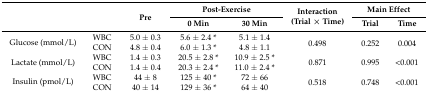
| <ROWSPAN=2>  | <ROWSPAN=2>  | <ROWSPAN=2> Pre | <COLSPAN=2> Post-Exercise | <ROWSPAN=2> Interaction (Trial × Time) | <COLSPAN=2> Main Effect |
 | 0 Min | 30 Min | Trial | Time |
 | --- | --- | --- | --- | --- | --- | --- | --- |
 | <ROWSPAN=2> Glucose (mmol/L) | WBC | 5.0 ± 0.3 | 5.6 ± 2.4 * | 5.1 ± 1.4 | <ROWSPAN=2> 0.498 | <ROWSPAN=2> 0.252 | <ROWSPAN=2> 0.004 |
 | CON | 4.8 ± 0.4 | 6.0 ± 1.3 * | 4.8 ± 1.1 |
 | <ROWSPAN=2> Lactate (mmol/L) | WBC | 1.4 ± 0.3 | 20.5 ± 2.8 * | 10.9 ± 2.5 * | <ROWSPAN=2> 0.871 | <ROWSPAN=2> 0.995 | <ROWSPAN=2> <0.001 |
 | CON | 1.4 ± 0.4 | 20.3 ± 2.4 * | 11.0 ± 2.4 * |
 | <ROWSPAN=2> Insulin (pmol/L) | WBC | 44 ± 8 | 125 ± 40 * | 72 ± 66 | <ROWSPAN=2> 0.518 | <ROWSPAN=2> 0.748 | <ROWSPAN=2> <0.001 |
 | CON | 40 ± 14 | 129 ± 36 * | 64 ± 40 |